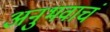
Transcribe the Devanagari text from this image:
अनुभवाचं